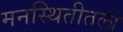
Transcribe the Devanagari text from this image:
मनस्थितीतली